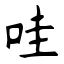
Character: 哇